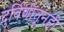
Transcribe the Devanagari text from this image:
दुर्बिणीतूनही